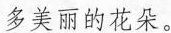
多美丽的花朵。